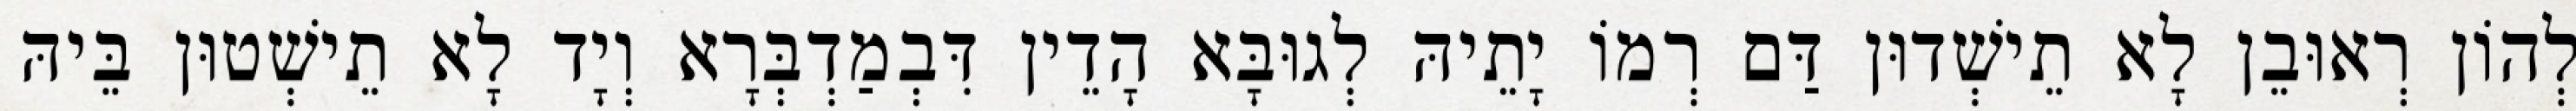
לְהוֹן רְאוּבֵן לָא תֵישְׁדוּן דַּם רְמוֹ יָתֵיהּ לְגוּבָּא הָדֵין דִּבְמַדְבְּרָא וְיָד לָא תֵישְׁטוּן בֵּיהּ